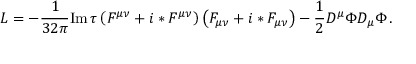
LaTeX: { \cal L } = - \frac { 1 } { 3 2 \pi } \mathrm { I m } \, \tau \left( F ^ { \mu \nu } + i * F ^ { \mu \nu } \right) \left( F _ { \mu \nu } + i * F _ { \mu \nu } \right) - \frac { 1 } { 2 } D ^ { \mu } \Phi D _ { \mu } \Phi \, .